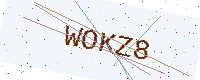
Text: WOKZ8